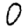
Digit: 0